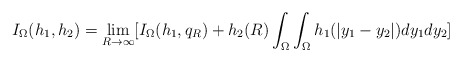
\begin{align*}I_{\Omega}(h_{1},h_{2})=\lim_{R\rightarrow\infty}[I_{\Omega}(h_{1},q_{R})+h_{2}(R)\int_{\Omega}\int_{\Omega}h_{1}(|y_{1}-y_{2}|)dy_{1}dy_{2}]\end{align*}